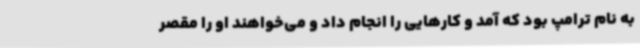
به نام ترامپ بود که آمد و کارهایی را انجام داد و می‌خواهند او را مقصر